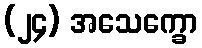
(၂၄) အသေက္ခော